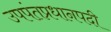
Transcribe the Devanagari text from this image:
उपपंतप्रधानपदी